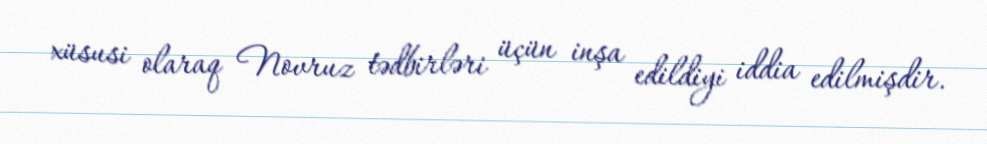
xüsusi olaraq Novruz tədbirləri üçün inşa edildiyi iddia edilmişdir.